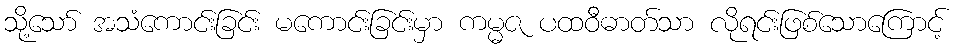
သို့သော် အသံကောင်းခြင်း မကောင်းခြင်းမှာ ကမ္မဇ ပထဝီဓာတ်သာ လိုရင်းဖြစ်သောကြောင့်